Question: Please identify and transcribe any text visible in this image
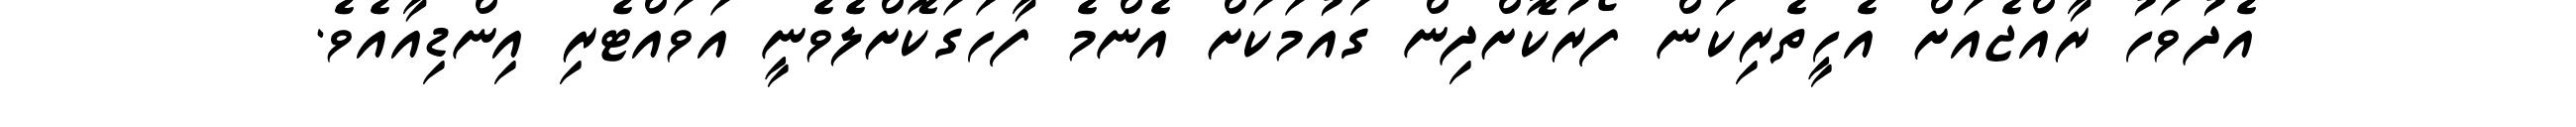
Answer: އެދުވަހު ރާއްޖެއަށް އެހީތެރިކަން ފޯރުކޮށްދިން ގައުމަކަށް އެންމެ ފާހަގަކޮށްލެވެނީ އަވައްޓެރި އިންޑިއާއެވެ.